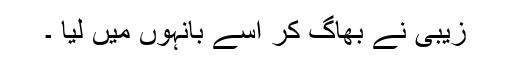
زیبی نے بھاگ کر اسے بانہوں میں لیا ۔